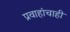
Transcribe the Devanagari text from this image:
प्रवाहांचाही